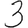
Digit: 3